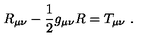
R _ { \mu \nu } - { \frac { 1 } { 2 } } g _ { \mu \nu } R = T _ { \mu \nu } \ .